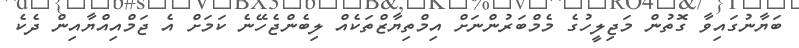
ބަޔާނުގައިވާ ގޮތުން މަޖިލީހުގެ މެމްބަރުންނަށް އިމްތިޔާޒްތަކެއް ލިބެންޖެހޭނެ ކަމަށް އެ ޖަމްއިއްޔާއިން ދެކެ